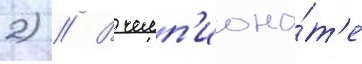
2) // В чемп'иона́т'е